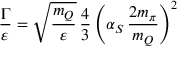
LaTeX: \frac { \Gamma } { \varepsilon } = \sqrt { \frac { m _ { Q } } { \varepsilon } } \, \frac { 4 } { 3 } \left( \alpha _ { S } \, \frac { 2 m _ { \pi } } { m _ { Q } } \right) ^ { 2 }